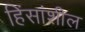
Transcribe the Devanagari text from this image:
हिंसांशील